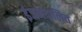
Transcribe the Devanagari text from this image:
इंजनचालित